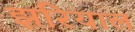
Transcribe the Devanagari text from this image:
झरियाल